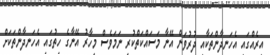
އިރެއްގައި އެހަނދާންތަކާއި ދުރުވަން އޭނާ މަސައްކަތްކުރި ނަމަވެސް މިހާރު އޭނާގެ ހިތުގައި އެހަނދާންތަކަށް